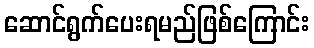
ဆောင်ရွက်ပေးရမည်ဖြစ်ကြောင်း